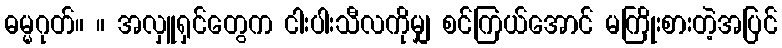
ဓမ္မဂုတ်။ ။ အလှူရှင်တွေက ငါးပါးသီလကိုမျှ စင်ကြယ်အောင် မကြိုးစားတဲ့အပြင်